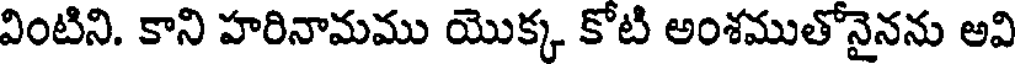
వింటిని. కాని హరినామము యొక్క కోటి అంశముతోనైనను అవి